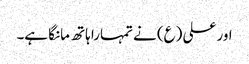
اور علی (ع) نے تمہارا ہاتھ مانگا ہے۔